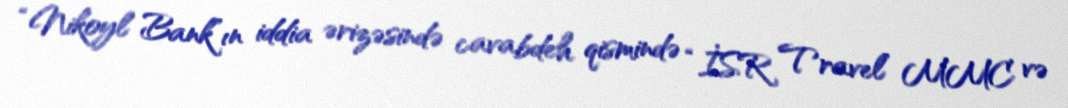
“Nikoyl Bank”ın iddia ərizəsində cavabdeh qismində “İSR Travel” MMC və